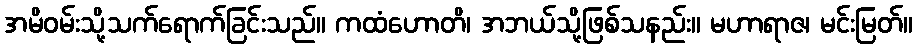
အမိဝမ်းသို့သက်ရောက်ခြင်းသည်။ ကထံဟောတိ၊ အဘယ်သို့ဖြစ်သနည်း။ မဟာရာဇ၊ မင်းမြတ်။